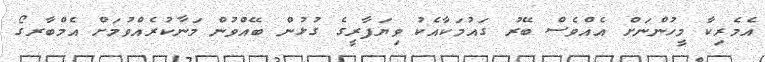
އެމެރިކާ މީހުންނަށް އެއްވެސް ބޭރު ގައުމަކާއެކު ވިޔަފާރީގެ ގުޅުން ބޭއްވުން މަނާކުރެއްވުމަށް އެމްބާރގޯ